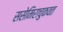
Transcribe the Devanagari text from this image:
ससेमिराचुकवत